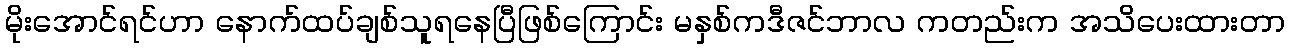
မိုးအောင်ရင်ဟာ နောက်ထပ်ချစ်သူရနေပြီဖြစ်ကြောင်း မနှစ်ကဒီဇင်ဘာလ ကတည်းက အသိပေးထားတာ